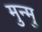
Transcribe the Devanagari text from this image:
मुन्मु